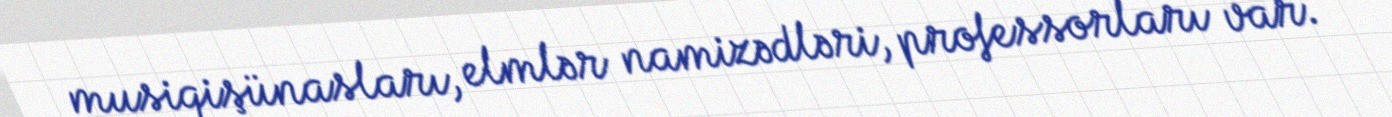
musiqişünasları, elmlər namizədləri, professorları var.